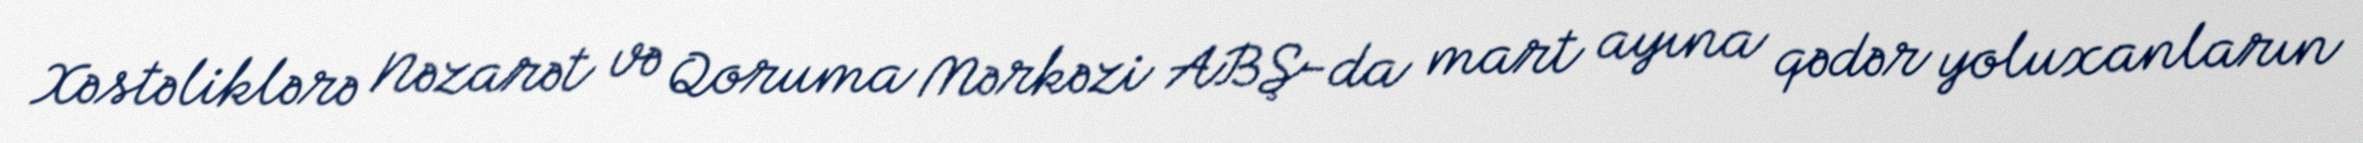
Xəstəliklərə Nəzarət və Qoruma Mərkəzi ABŞ-da mart ayına qədər yoluxanların